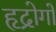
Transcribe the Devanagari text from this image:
हृद्रोगों